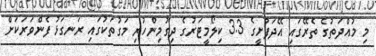
މި މުއްދަތުގެ ތެރޭގައި އޭދަފުށީގެ 3.3 ކިލޯމީޓަރުގެ ދިގުމިންހުރި މަގުތަކުގައި ރަނގަޅު ފެންވަރަކަށް